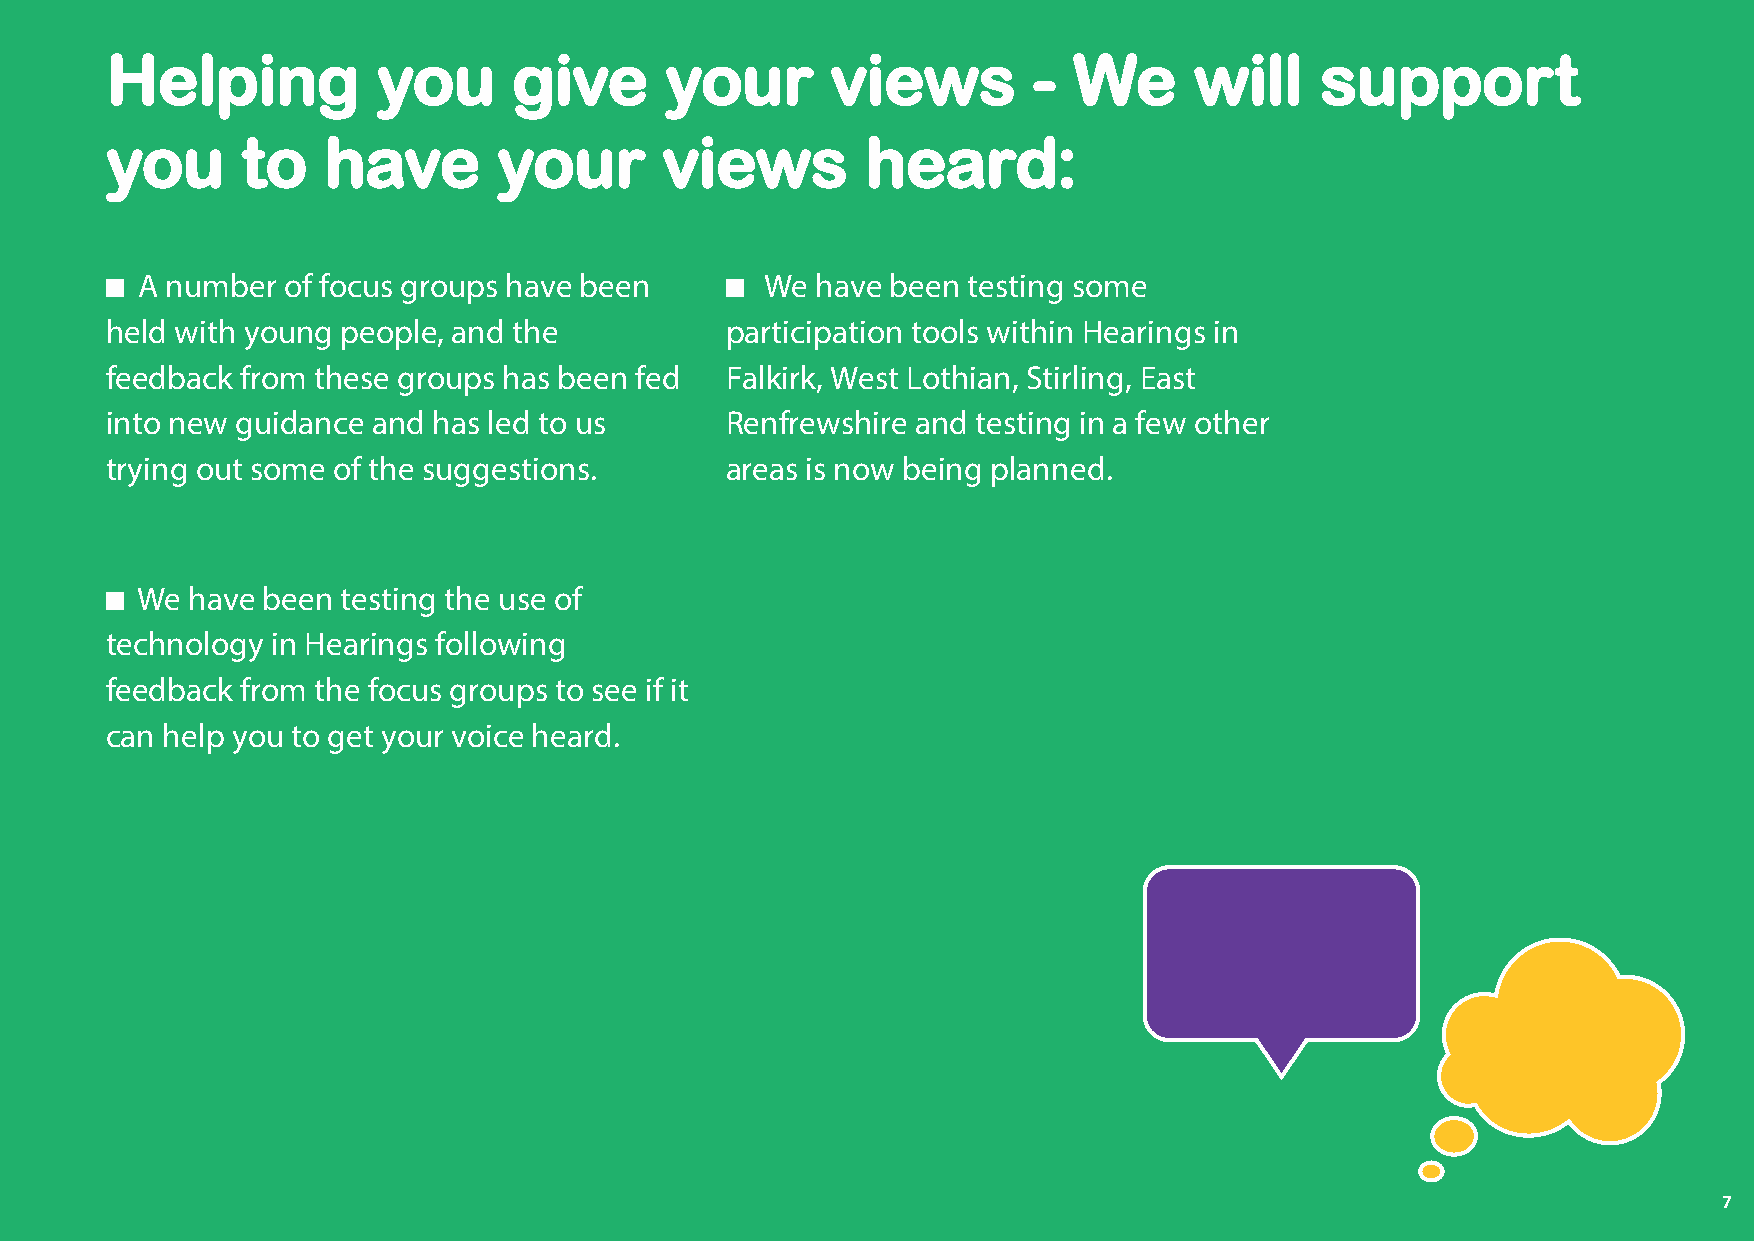
Helping           you      give      your       views        -  We      will    support
 you      to   have        your       views        heard:
 A number  of focus groups have been       We have been testing some
 held with young people, and the          participation tools within Hearings in
 feedback from these groups has been fed  Falkirk, West Lothian, Stirling, East
 into new guidance and has led to us      Renfrewshire and testing in a few other
 trying out some of the suggestions.      areas is now being planned.
 We  have been testing the use of
 technology in Hearings following
 feedback from the focus groups to see if it
 can help you to get your voice heard.
 537